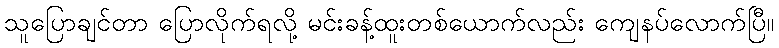
သူပြောချင်တာ ပြောလိုက်ရလို့ မင်းခန့်ထူးတစ်ယောက်လည်း ကျေနပ်လောက်ပြီ။